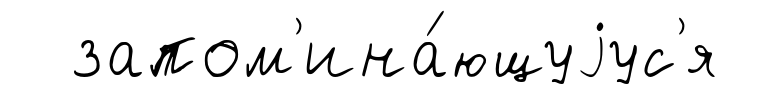
запом'ина́ющуjус'я